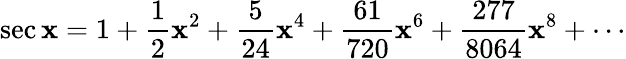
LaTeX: \sec\mathbf{x}=1+{\frac{{1}}{{2}}}\mathbf{x}^{2}+{\frac{{5}}{{24}}}\mathbf{x}^{4}+{\frac{{61}}{{720}}}\mathbf{x}^{6}+{\frac{{277}}{{8064}}}\mathbf{x}^{8}+\cdots